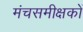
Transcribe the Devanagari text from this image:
मंचसमीक्षकों